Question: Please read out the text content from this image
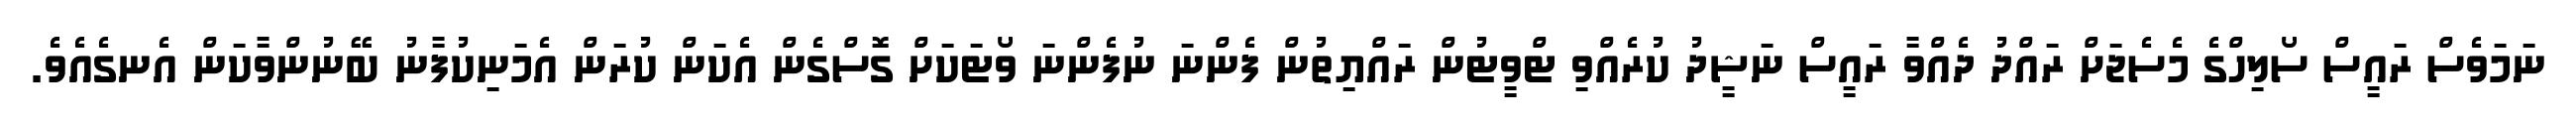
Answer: ނަމަވެސް ރައީސް ސޯލިހްގެ މެސެޖަށް ރައްދު ދެއްވާ ރައީސް ނަޝީދު ކުރެއްވި ޓްވީޓުން ރައްޔިތުން ފެންނަ ނުފެންނަ ވޯޓަކަށް ގޮސްގެން އެކަން ކުރަން އެމަނިކުފާނު ބޭނުންވާކަން އެނގެއެވެ.